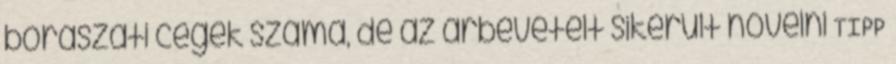
borászati cégek száma, de az árbevételt sikerült növelni TIPP